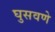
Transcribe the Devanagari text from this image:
घुसवणे